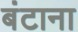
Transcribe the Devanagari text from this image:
बंटाना